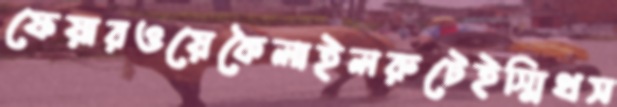
ফেয়ারওয়েকৈলাইলরুটেইস্মিথস